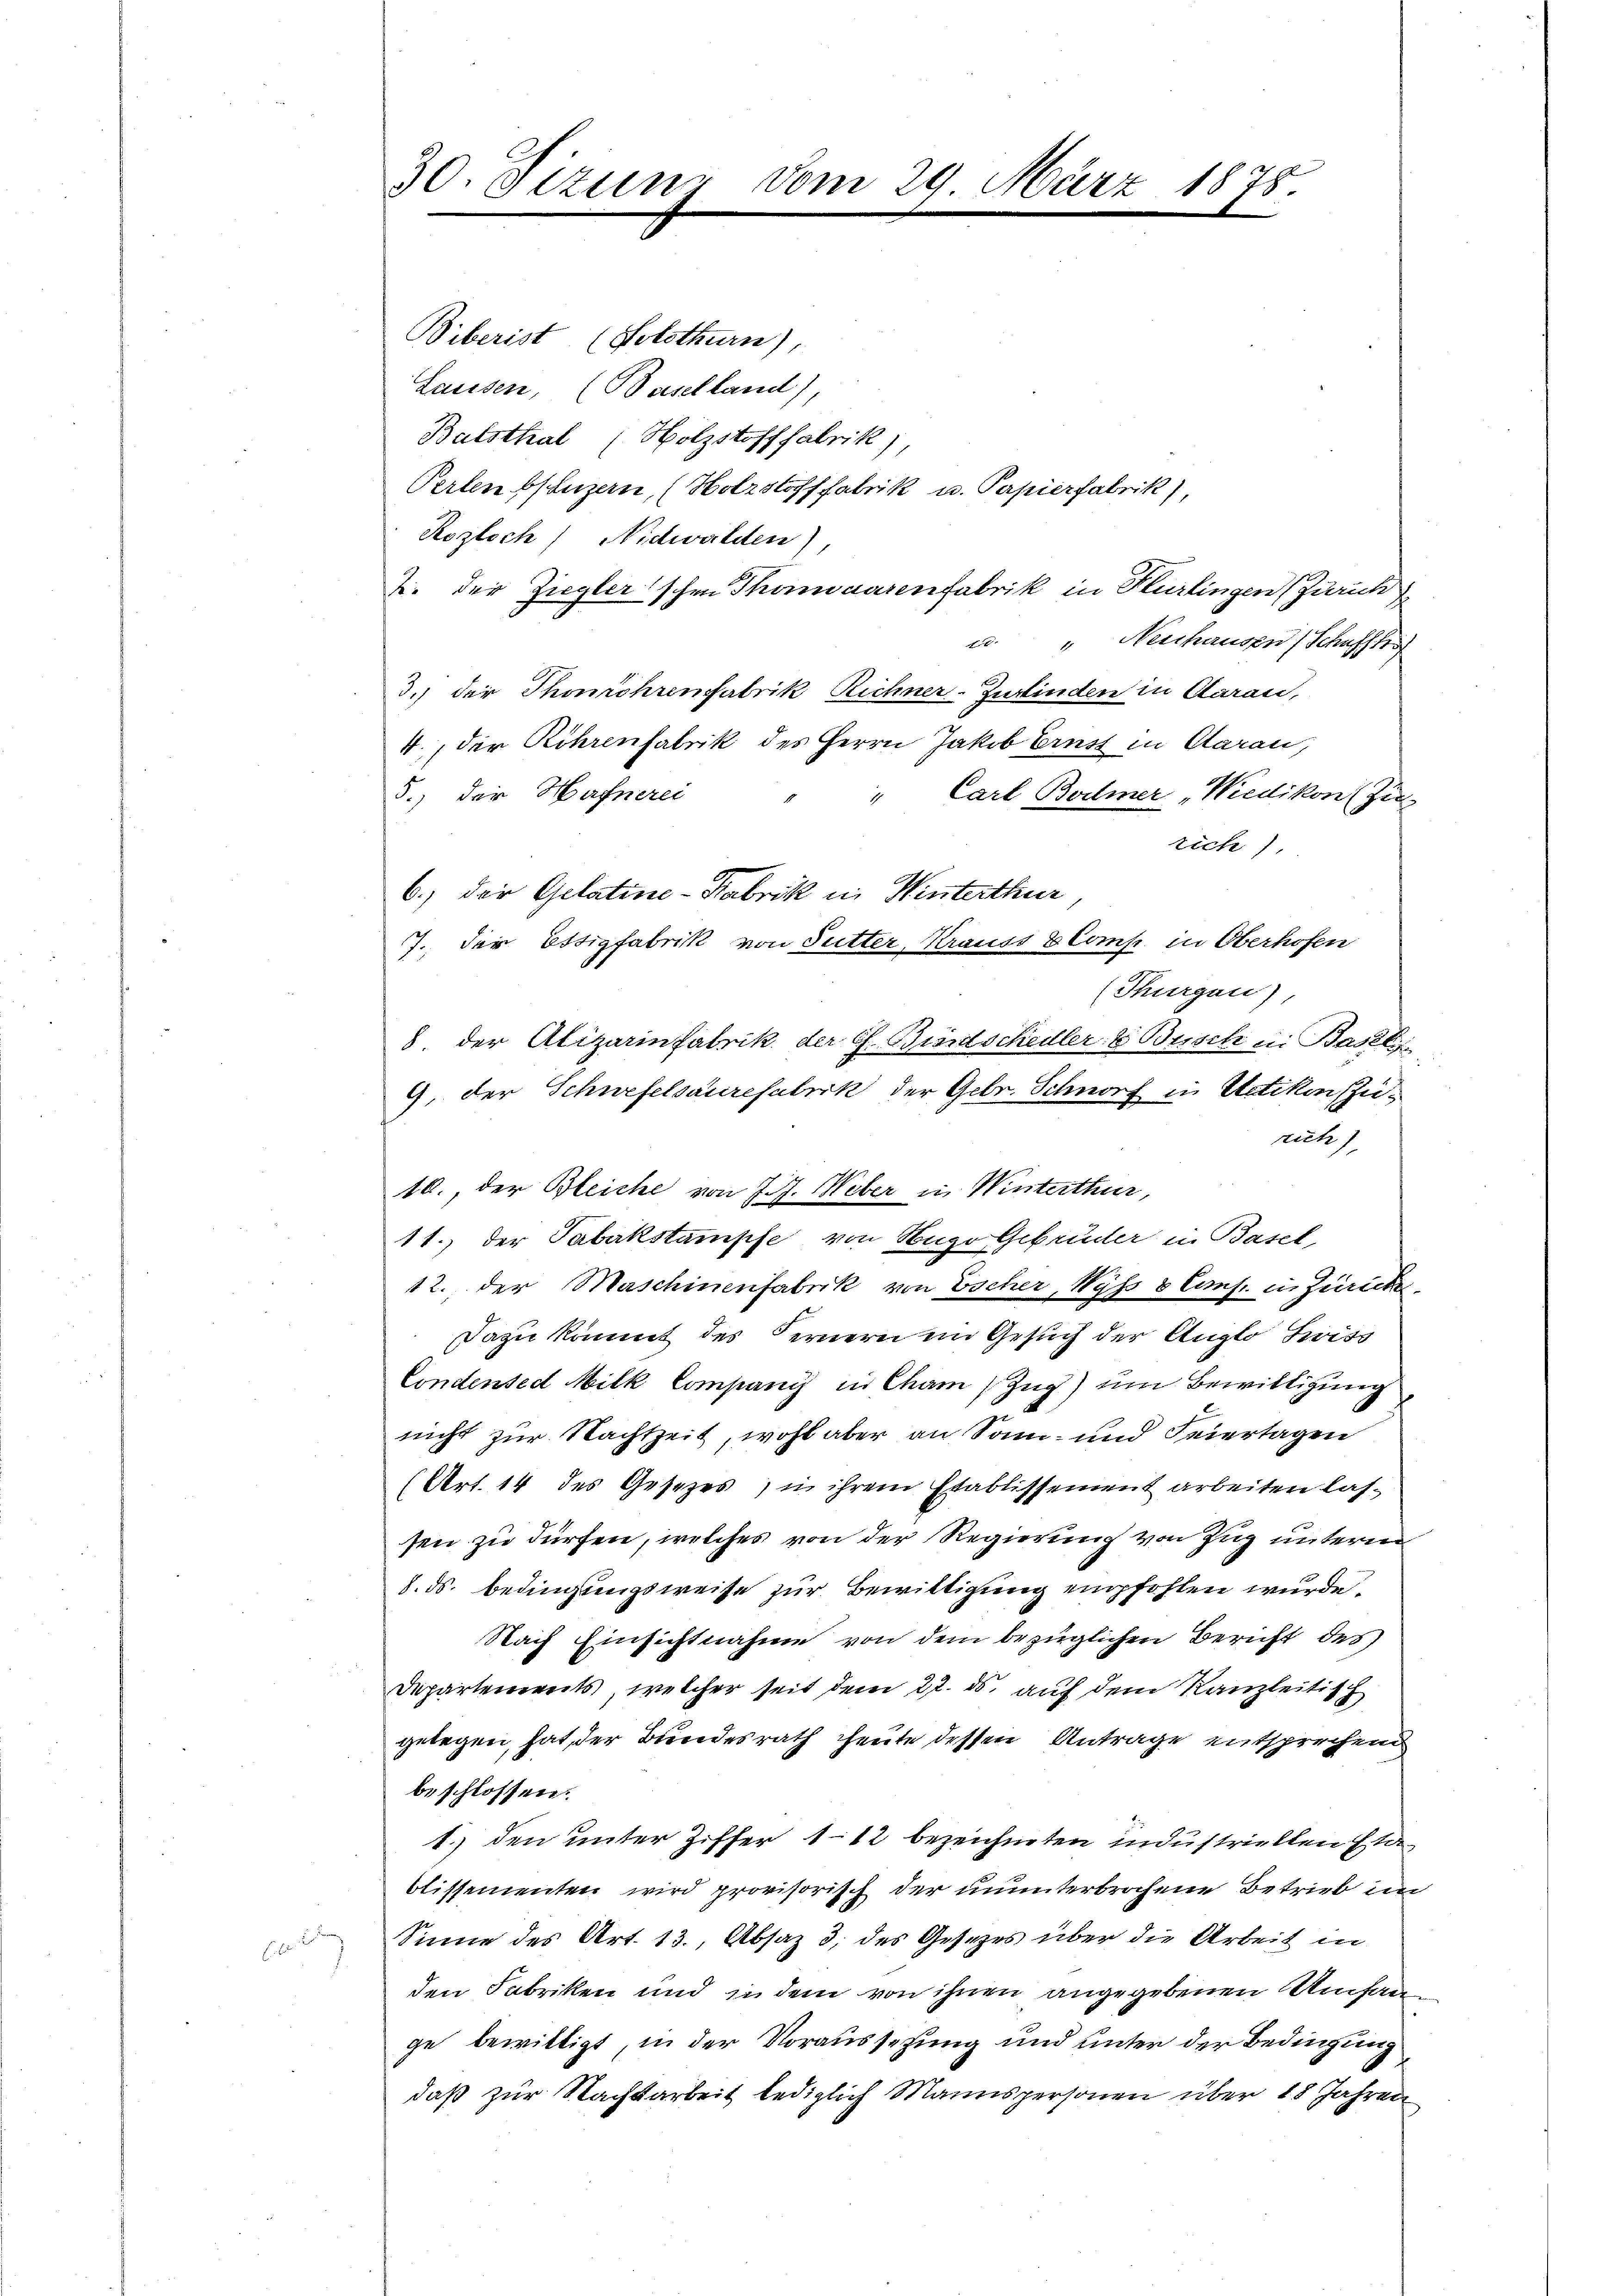
u

30. Sizung vom 29. März

Biberist (Solothurn),
Lausen, (Baselland),
Balsthal (Holzstoff fabrik),
Perlenbsluzern, (Holzstoff fabrik u. Papierfabrik
Rozloch) Nidwalden),
2. der Ziegler'schen Thomaarenfabrik in Flurlingen (Zürich
u. " Neschausen (Schaff
3.) der Thonröhrenfabrik Richner-Zufinden in Aarau,
4., der Röhrenfabrik des Herrn Jakob Ernst in Aarau,
5.) Der Hafnerei
" Carl Boilmer „Wiedikon (Zu
rich)
6.) Der Gelatine-Fabrik in Winterthur
7. Der Essigfabrik von Sutter, Krauss 8 Comp. in Oberhofen
(Thurgau),
8 der Alizarinfabrik der G. Bindschedler & Busch in Basel
9, der Schwefelsaurefabrik der Gebr. Schnorf in Uetiken Zurich)
10., der Bleiche von J. J. Weber in Winterthur,
11.) der Tabakstampfe von Hugo Gebrüder in Basel,
12. der Maschinenfabrik von Escher, Wyss 8 Cmf. in Zürich
Dazu kommt des Fernern im Gesuch der Auglo Swiss
Condensed Milk Company in Cham (Zug) um Bewilligung,
nicht zur Nachtzeit, wohl aber an Sonn- und Feiertagen
(Art. 14 des Gesetzes) in ihrem Etablissement arbeiten lassen zu dürfen, welches von der Regierung von Zug unterm
. ds. bedingungsweise zur Bewittigung empfohlen wurde.
Nach Einsichtnahme von dem bezüglichen Bericht des
Departements, welcher seit dem 27. ds. auf dem Kanzleitisch
gelegen, hat, der Bundesrath heute dessen Antrage entsprechend
beschlossen:
1.) den unter Ziffer 112 bezeichneten industriellen Etablissementen wird provisorisch der ununterbrochene Betrieb im
Sinne des Art. 13., Absaz 3; des Gesezes über die Arbeit in
den Fabriken und in dem von ihnen angegebenen Umfange bewilligt, in der Voraussetzung und unter der Bedingung
daß zur Nachtarbeit lediglich Mannspersonen über 18 Jahren

1878.